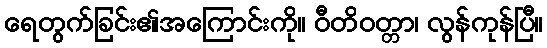
ရေတွက်ခြင်း၏အကြောင်းကို။ ဝီတိဝတ္တာ၊ လွန်ကုန်ပြီ။